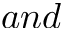
a n d